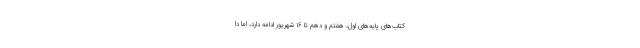
کتاب‌های پایه‌های اول، هفتم و دهم تا ۱۶ شهریور ادامه دارد، اما دا